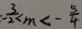
- \frac { 3 } { 2 } < m < - \frac { 5 } { 4 }